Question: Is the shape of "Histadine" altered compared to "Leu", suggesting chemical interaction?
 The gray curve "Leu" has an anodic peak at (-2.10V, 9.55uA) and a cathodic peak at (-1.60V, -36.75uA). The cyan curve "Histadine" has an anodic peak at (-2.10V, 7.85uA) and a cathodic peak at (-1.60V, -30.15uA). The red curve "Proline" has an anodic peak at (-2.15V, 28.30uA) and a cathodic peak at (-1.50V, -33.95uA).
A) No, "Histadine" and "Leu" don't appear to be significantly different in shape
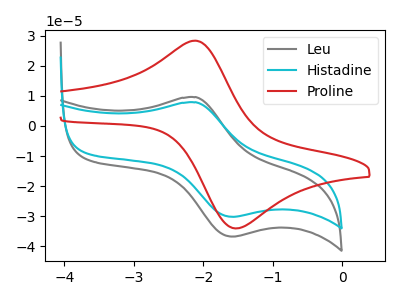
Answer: <think>All the peaks in "Histadine" have a peak in "Leu" at the same potential. Every peak in "Histadine" is lower than every peak in "Leu".
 </think>
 <answer>A) No, "Histadine" and "Leu" don't appear to be significantly different in shape</answer>
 <eval>A</eval>